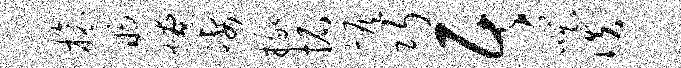
榱煦燎凄掾拓恢巧居嗤佚